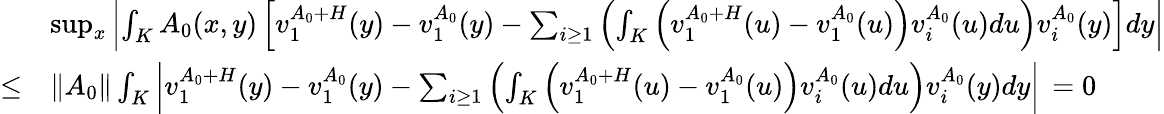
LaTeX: \begin{array}{rl}&{\operatorname*{sup}_{x}\left|\int_{K}A_{0}(x,y)\left[v_{1}^{A_{0}+H}(y)-v_{1}^{A_{0}}(y)-\sum_{i\ge 1}\left(\int_{K}\left(v_{1}^{A_{0}+H}(u)-v_{1}^{A_{0}}(u)\right)v_{i}^{A_{0}}(u)du\right)v_{i}^{A_{0}}(y)\right]dy\right|}\\ {\le}&{\| A_{0}\| \int_{K}\left|v_{1}^{A_{0}+H}(y)-v_{1}^{A_{0}}(y)-\sum_{i\ge 1}\left(\int_{K}\left(v_{1}^{A_{0}+H}(u)-v_{1}^{A_{0}}(u)\right)v_{i}^{A_{0}}(u)du\right)v_{i}^{A_{0}}(y)dy\right|\, =0}\end{array}